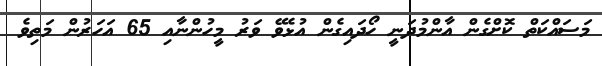
މަސައްކަތް ކޮށްގެން އާންމުދަނީ ހޯދައިގެން އުޅެވޭ ވަރު މީހުންނާއި 65 އަހަރުން މަތިވެ